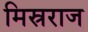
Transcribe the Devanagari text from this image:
मिस्रराज